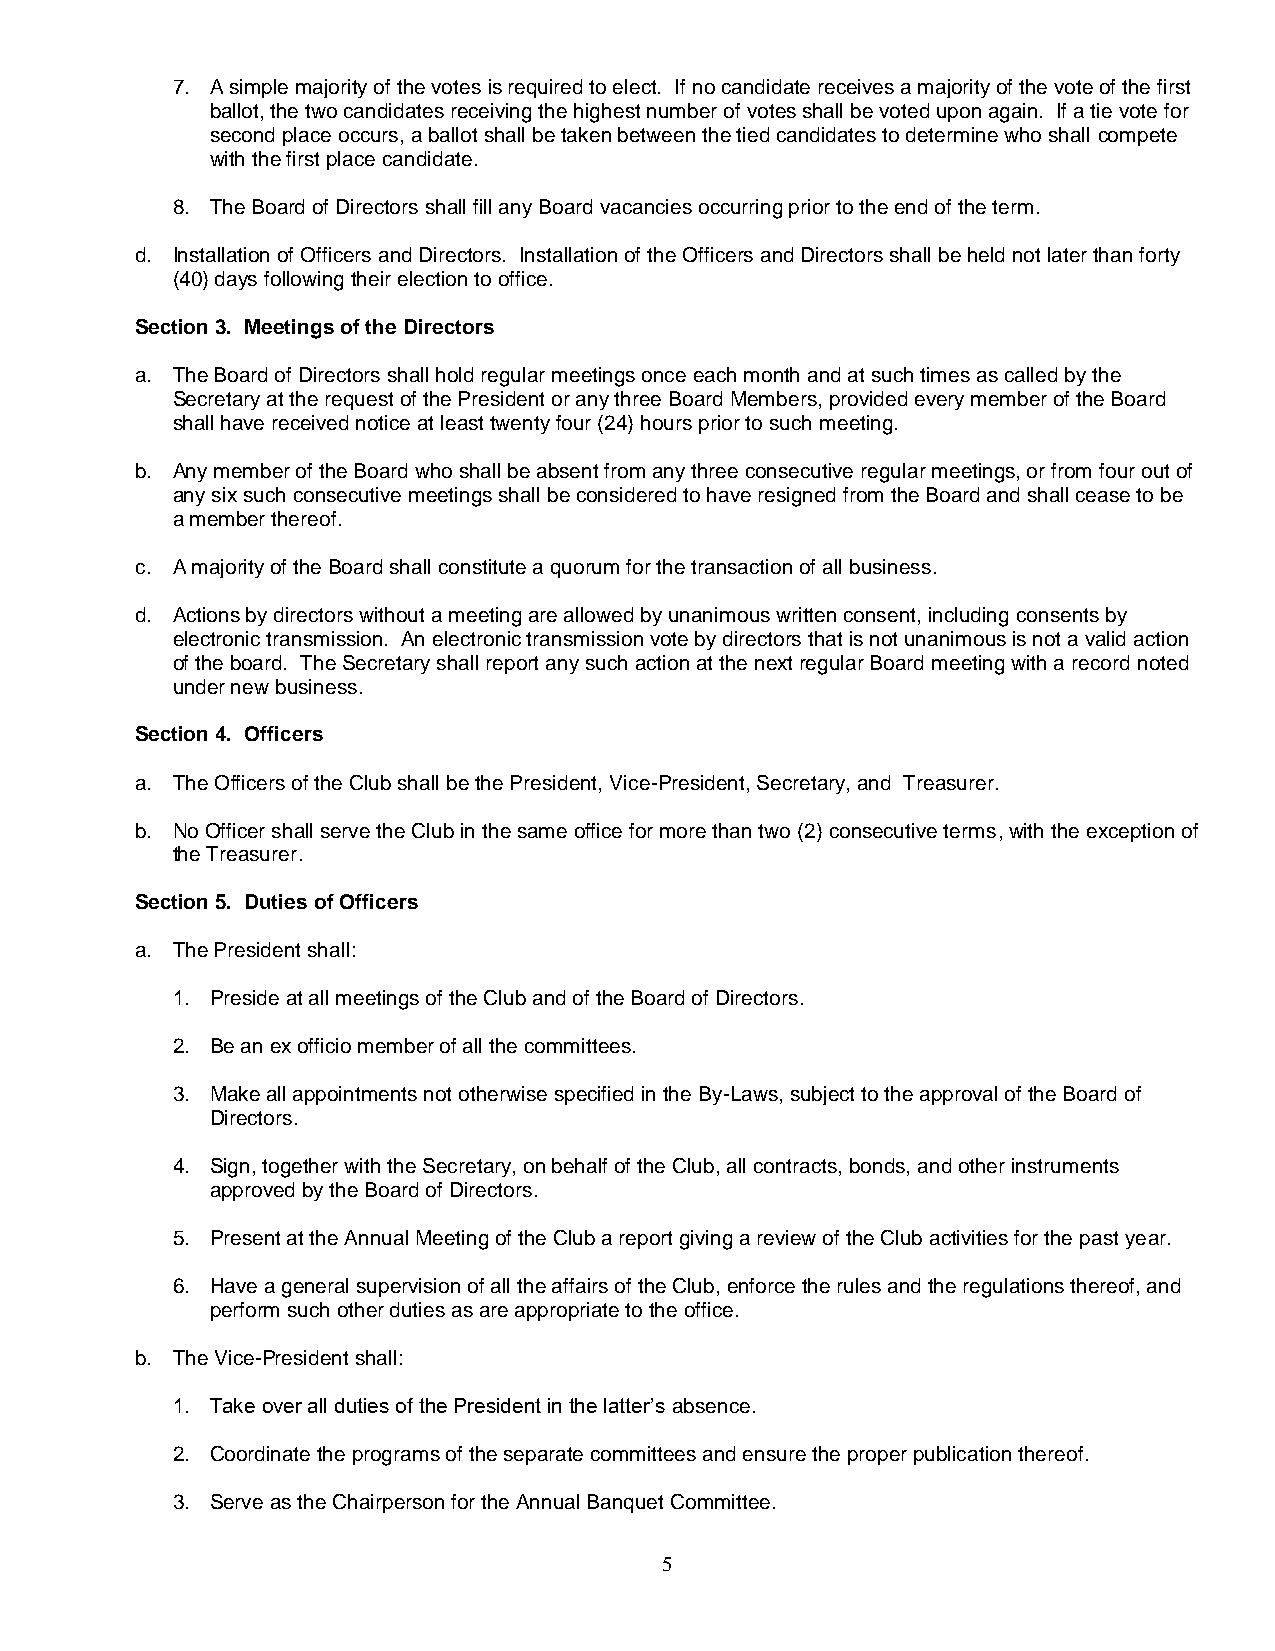
7. A simple majority of the votes is required to elect. If no candidate receives a majority of the vote of the first
 ballot, the two candidates receiving the highest number of votes shall be voted upon again. If a tie vote for
 second place occurs, a ballot shall be taken between the tied candidates to determine who shall compete
 with the first place candidate.
 8. The Board of Directors shall fill any Board vacancies occurring prior to the end of the term.
 d. Installation of Officers and Directors. Installation of the Officers and Directors shall be held not later than forty
 (40) days following their election to office.
 Section 3. Meetings of the Directors
 a. The Board of Directors shall hold regular meetings once each month and at such times as called by the
 Secretary at the request of the President or any three Board Members, provided every member of the Board
 shall have received notice at least twenty four (24) hours prior to such meeting.
 b. Any member of the Board who shall be absent from any three consecutive regular meetings, or from four out of
 any six such consecutive meetings shall be considered to have resigned from the Board and shall cease to be
 a member thereof.
 c. A majority of the Board shall constitute a quorum for the transaction of all business.
 d. Actions by directors without a meeting are allowed by unanimous written consent, including consents by
 electronic transmission. An electronic transmission vote by directors that is not unanimous is not a valid action
 of the board. The Secretary shall report any such action at the next regular Board meeting with a record noted
 under new business.
 Section 4. Officers
 a. The Officers of the Club shall be the President, Vice-President, Secretary, and Treasurer.
 b. No Officer shall serve the Club in the same office for more than two (2) consecutive terms, with the exception of
 the Treasurer.
 Section 5. Duties of Officers
 a. The President shall:
 1. Preside at all meetings of the Club and of the Board of Directors.
 2. Be an ex officio member of all the committees.
 3. Make all appointments not otherwise specified in the By-Laws, subject to the approval of the Board of
 Directors.
 4. Sign, together with the Secretary, on behalf of the Club, all contracts, bonds, and other instruments
 approved by the Board of Directors.
 5. Present at the Annual Meeting of the Club a report giving a review of the Club activities for the past year.
 6. Have a general supervision of all the affairs of the Club, enforce the rules and the regulations thereof, and
 perform such other duties as are appropriate to the office.
 b. The Vice-President shall:
 1. Take over all duties of the President in the latter’s absence.
 2. Coordinate the programs of the separate committees and ensure the proper publication thereof.
 3. Serve as the Chairperson for the Annual Banquet Committee.
 5